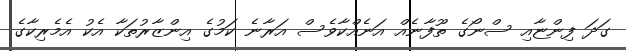
ގަދަ ފިންޏާއި ސްނޯގެ ތޫފާނެއް އަނެއްކާވެސް އަރާނެ ކަމުގެ އިންޒާރުތަކާ އެކު އެމެރިކާގެ